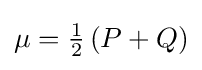
{\textstyle \mu ={\frac {1}{2}}\left(P+Q\right)}